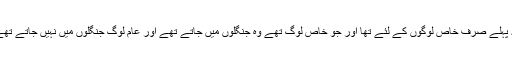
یہ پہلے صرف خاص لوگوں کے لئے تھا اور جو خاص لوگ تھے وہ جنگلوں میں جاتے تھے اور عام لوگ جنگلوں میں نہیں جاتے تھے۔